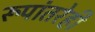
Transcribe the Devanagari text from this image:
रूपांतरेही